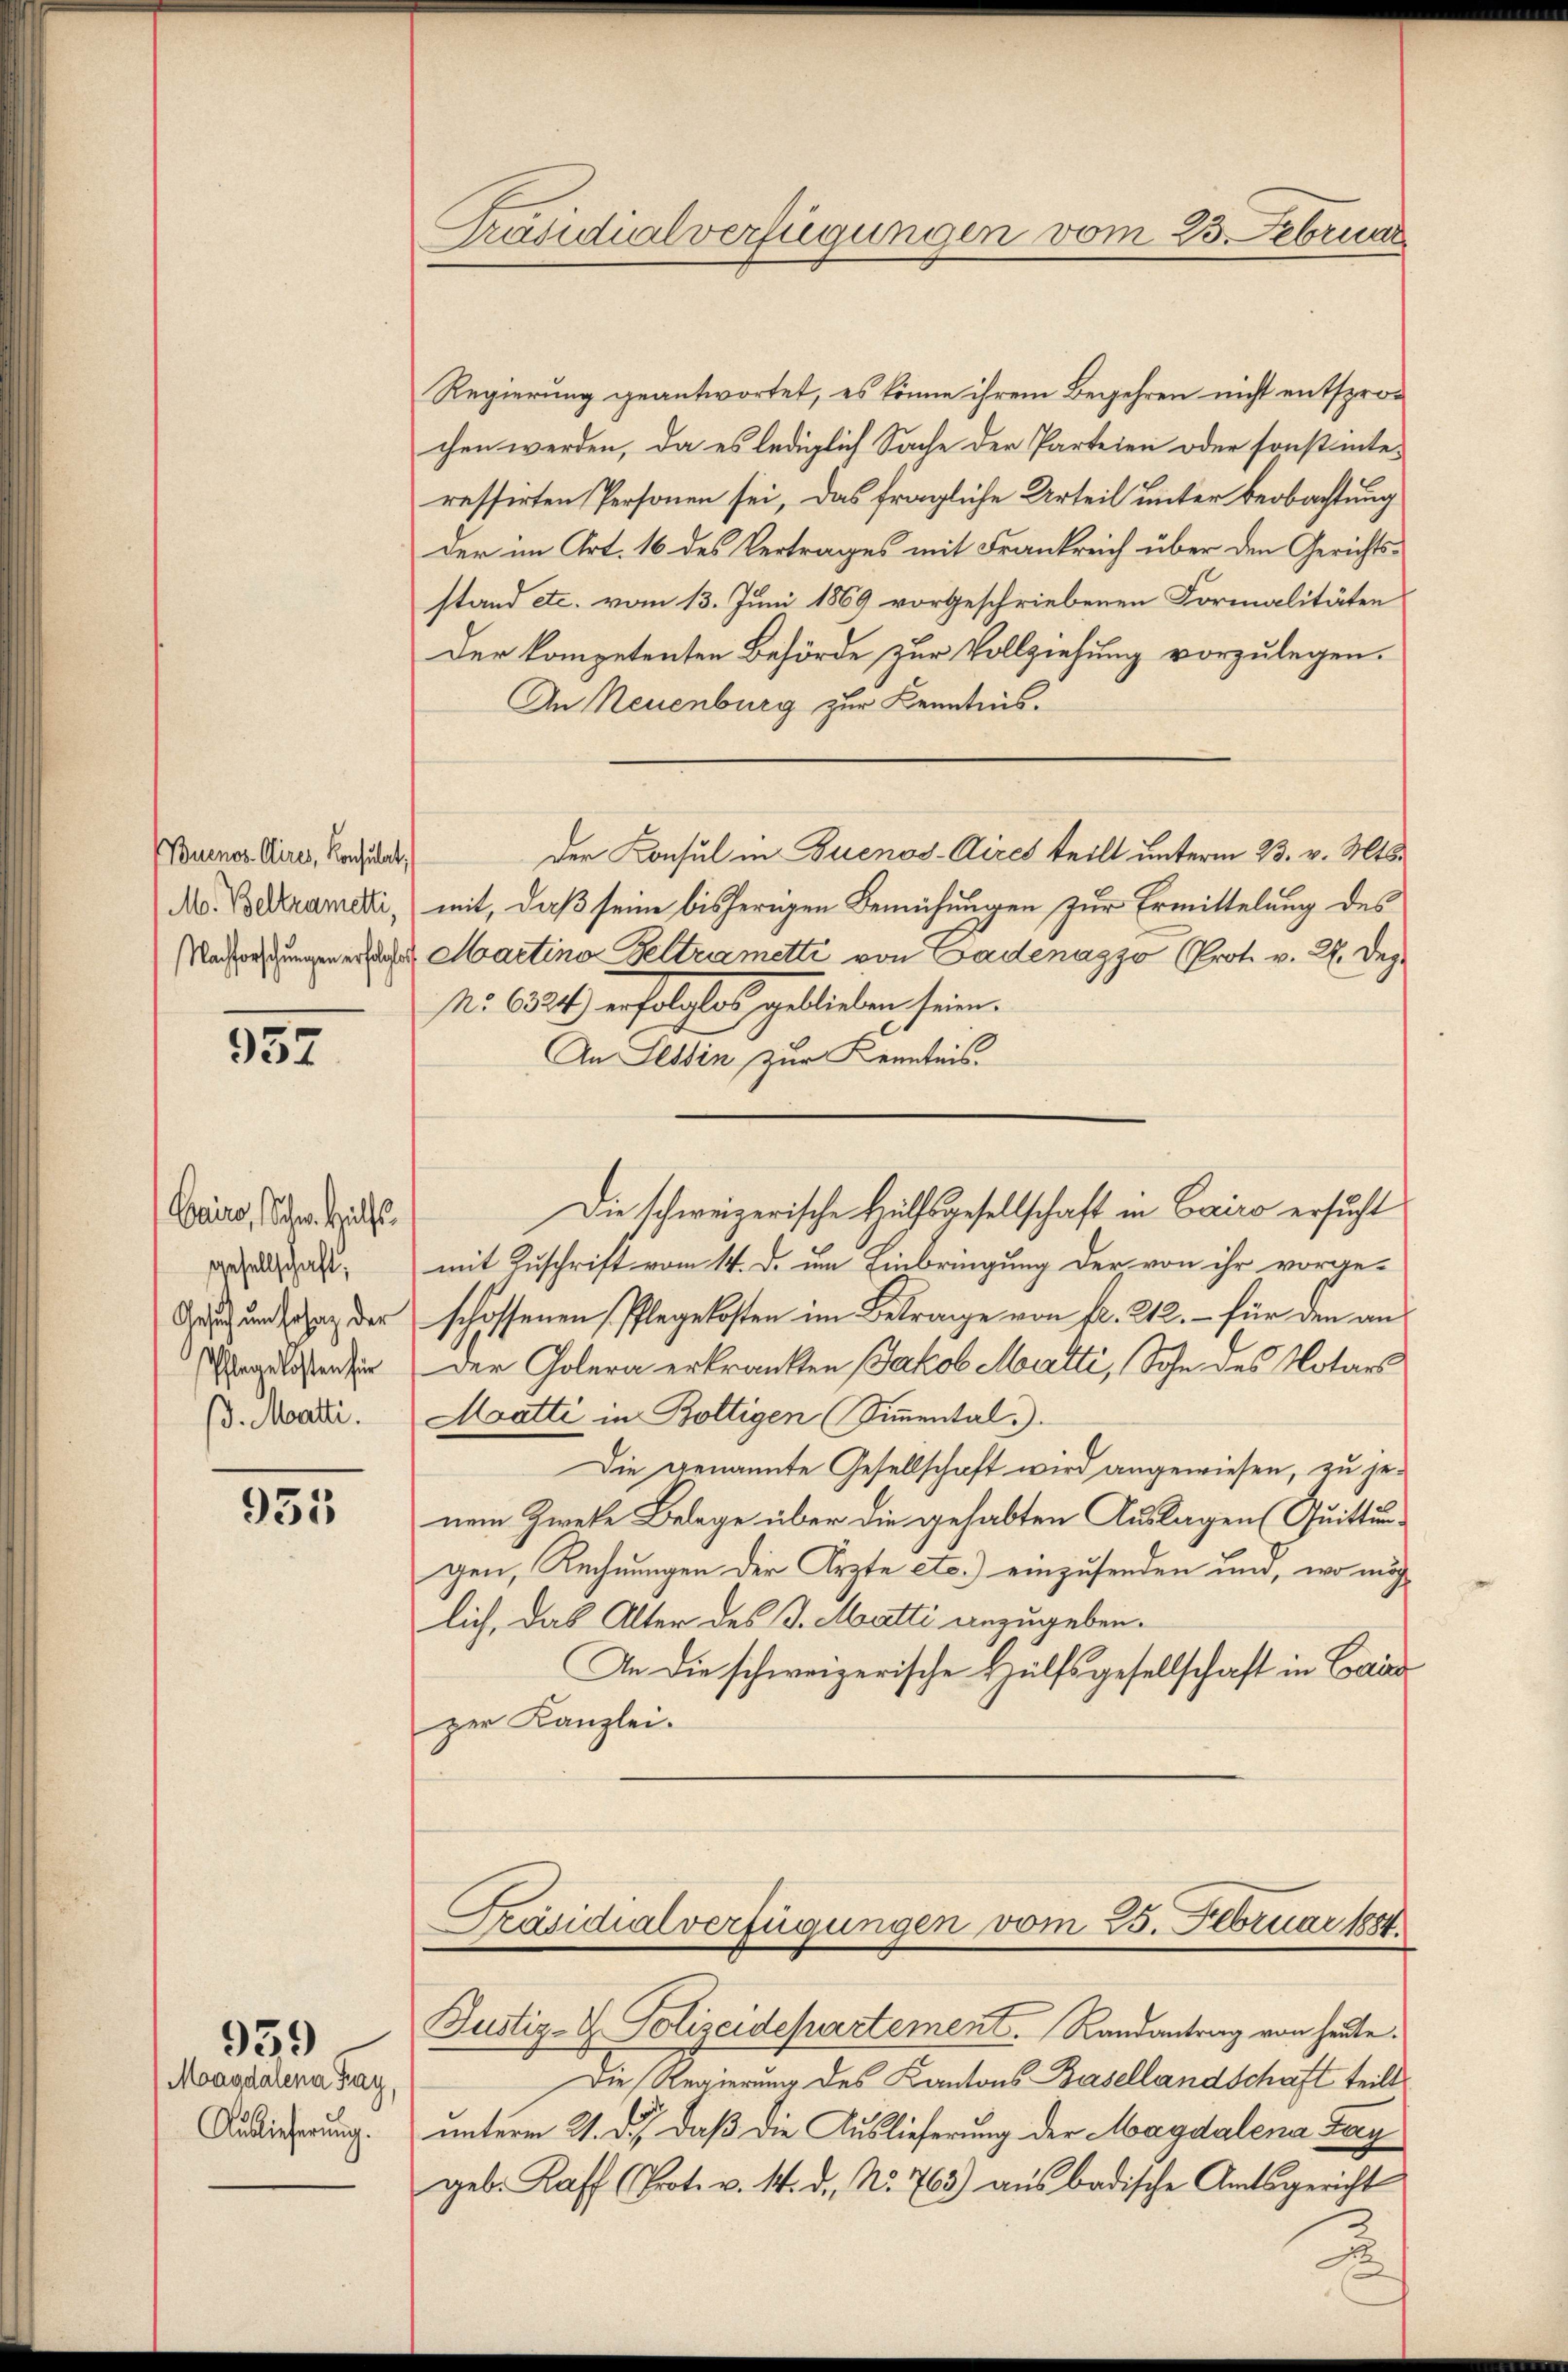
Buenos Aires, Konsulat,
M. Beltrametti,
Nachforschungen erfolgte.

952

Cairo, Schen. Hilfs
gesellschaft;
Gesich um sohag der
Pflrarlosten hier
ß. Matti.

935

939
Magdalena Fay,
Auslicherung.

Präsidialverfügungen vom 25. Februar

Regierung geantwortet, es könne ihrem Begehren nicht entsprochen werden, da es lediglich Sache der Parteien oder sonst interessirten Personen sei, das fragliche Urteil unter Beobachtung
der im Art. 16 des Vertrages mit Frankreich über den Gerichtsstand etc. vom 13. Juni 1869 vorgeschriebenen Formalitäten
Der kompetenten Behörde zur Vollziehung vorzulegen.
An Neuenburg zur Kenntnis.
Der Konsul in Buenos-Aires teilt unterm 23. v. Mts.
mit, daß seine bisherigen Bemühungen zur Ermittelung des
Martina Feltrametti von Gadenazzo (Prot. v. 2. Dez.
N: 6524) erfolglos geblieben sein.
An Tessin zur Kenntnis.
Die schweizerische Hülfsgesellschaft in Cairo ersucht
mit Zuschrift vom 14. d. um Einbringung der von ihr vorgeschossenen (Pflegekosten im Betrage von fr. 212. – für den an
Der Golera erkrankten Jakob Matti, Sohn des Notars
Moatti in Boltigen (Simmental
Die genannte Gesellschaft wird angewiesen, zu jenem Zweke Belege über die gehabten Auslagen (Quittungen, Rechnungen der Ärzte etc.) einzusenden und, wo möch
lich, das Alter des J. Matti anzugeben.
An die schweizerische Hülfsgesellschaft in Cair
zer Kanzlei.

Präsidialverfügungen vom 25. Februar 1884.
Bustiz- & Polizeidepartement. Randantrag von heute.

Die Regierung des Kantons Basellandschaft teilt
unterm 21. d. daß die Auslieferung der Magdalena Lay
geb. Kaff (Prot. v. M. d. No. 763) aus badische Amtsgericht

.